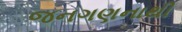
જનગણનાથી